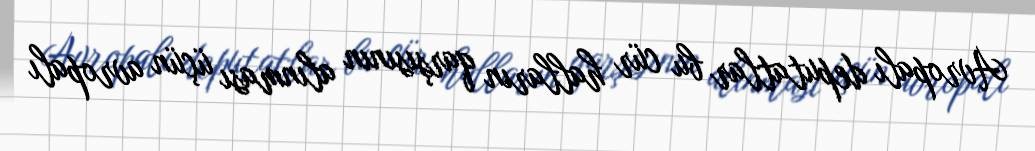
Avropalı deputatlar bu cür halların qarşısının alınması üçün avropalı